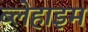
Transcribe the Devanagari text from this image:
ब्लेहाइम